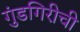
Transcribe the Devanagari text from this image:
गुंडगिरीची